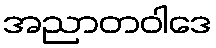
အညာတဝါဒေ